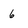
Character: 6